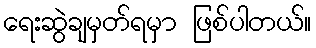
ရေးဆွဲချမှတ်ရမှာ ဖြစ်ပါတယ်။